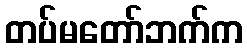
တပ်မတော်ဘက်က